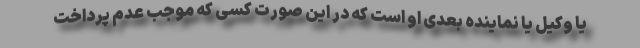
یا وکیل یا نماینده بعدی او است که در این صورت کسی که موجب عدم پرداخت